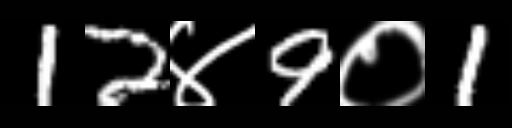
Text: 12४9०1